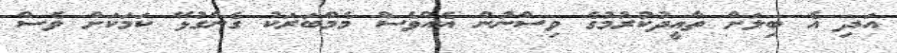
އަދި އެ ބިލަށް ތާއީދުކުރުމުގެ ވިސްނުން އެއްވެސް މެމްބަރަކު ގެންގުޅޭ ކަމަކަށް ވެސް